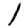
Digit: 1